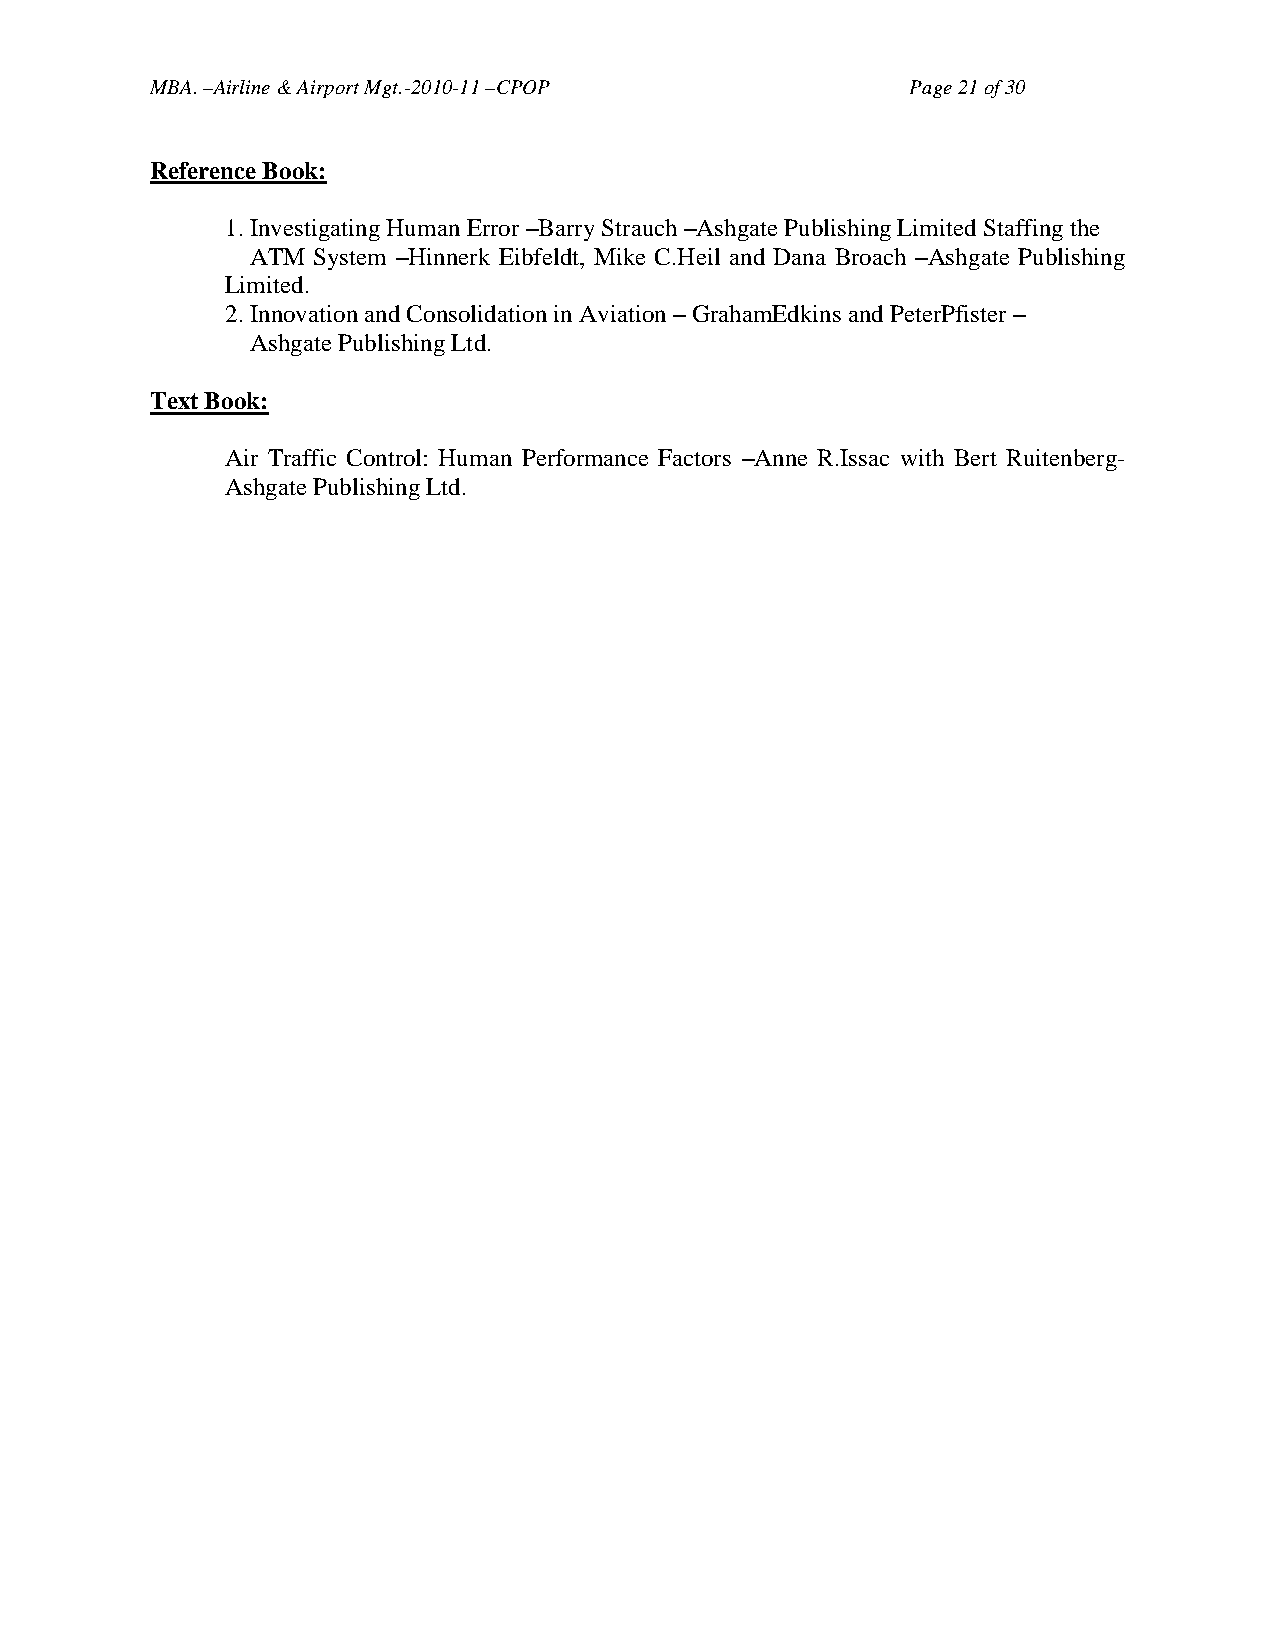
MBA. –Airline & Airport Mgt.-2010-11 –CPOP        Page 21 of 30
 Reference Book:
 1. Investigating Human Error –Barry Strauch –Ashgate Publishing Limited Staffing the
 ATM System –Hinnerk Eibfeldt, Mike C.Heil and Dana Broach –Ashgate Publishing
 Limited.
 2. Innovation and Consolidation in Aviation – GrahamEdkins and PeterPfister –
 Ashgate Publishing Ltd.
 Text Book:
 Air Traffic Control: Human Performance Factors –Anne R.Issac with Bert Ruitenberg-
 Ashgate Publishing Ltd.